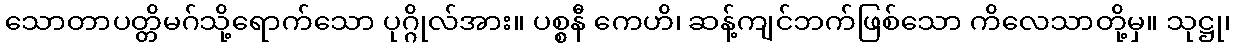
သောတာပတ္တိမဂ်သို့ရောက်သော ပုဂ္ဂိုလ်အား။ ပစ္စနီ ကေဟိ၊ ဆန့်ကျင်ဘက်ဖြစ်သော ကိလေသာတို့မှ။ သုဋ္ဌု၊